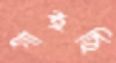
গাইছি